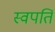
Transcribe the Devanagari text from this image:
स्वपतिं